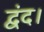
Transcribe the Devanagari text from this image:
द्वंद।